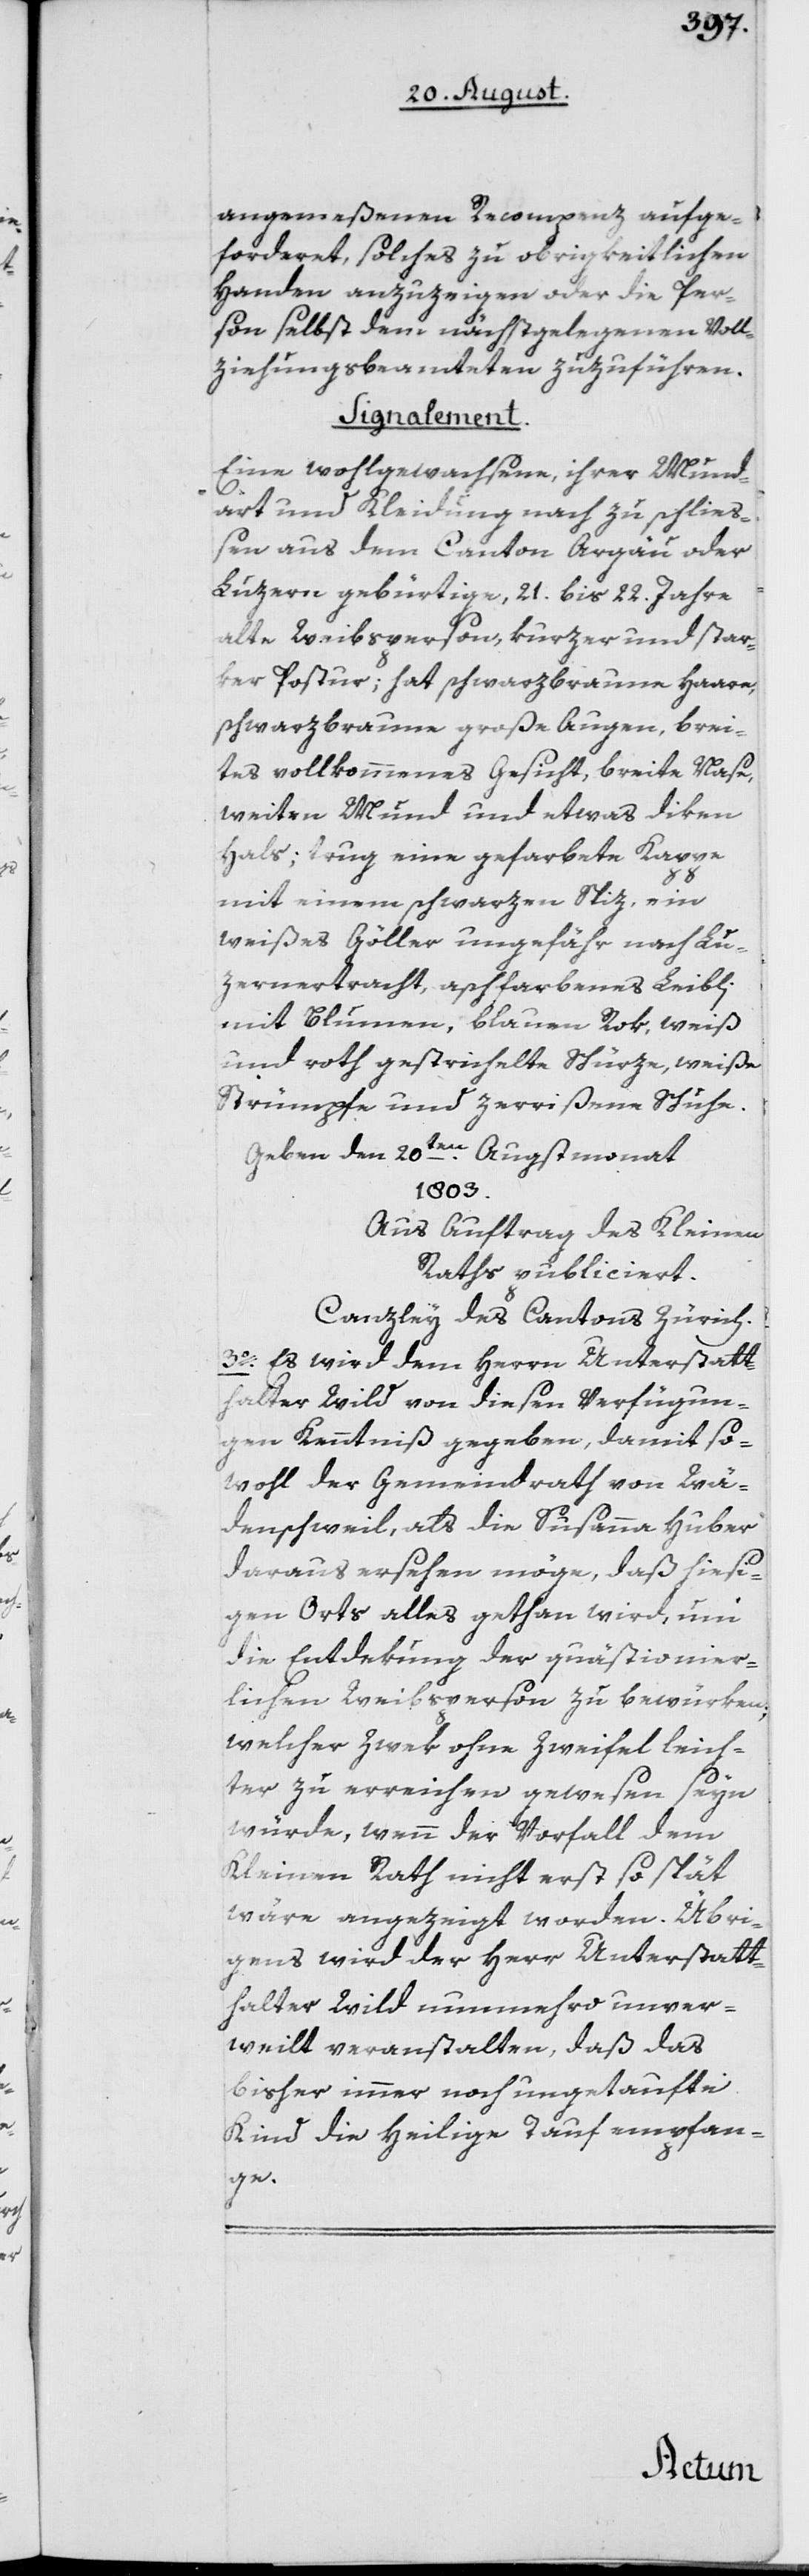
angemeßenen Recompenz aufge¬
forderet, solches zu obrigkeitlichen
Handen anzuzeigen oder die Per¬
son selbst dem nächstgelegenen Voll¬
ziehungsbeamteten zuzuführen.
Signalement.
Eine wohlgwachsene, ihrer Mund¬
art und Kleidung nach zu schließ¬
en aus dem Canton Argäu oder
Luzern gebürtige, 21. bis 22. Jahre
alte Weibsperson, kurzer und star¬
ker Postur; hat schwarzbraune Haare,
schwarzbraune große Augen, brei¬
tes vollkommenes Gesicht, breite Nase,
weiten Mund und etwas diken
Hals; trug eine gefarbete Kappe
mit einem schwarzen Spiz, ein
weißes Göller ungefähr nach Lu¬
zernertracht, aschfarbenes Leibli
mit Blumen, blauen Rok, weiß
und roth gestrichelte Schürze, weiße
Strümpfe und zerrißene Schuhe.
Geben den 20ten Augstmonat
1803.
Aus Auftrag des Kleinen
Raths publiciert.
Canzley des Cantons Zürich.
3o. Es wird dem Herrn Unterstatt¬
halter Wild von diesen Verfügun¬
gen Kenntniß gegeben, damit so¬
wohl der Gemeindrath von Wä¬
denschweil, als die Susanna Huber
daraus ersehen möge, daß hiesi¬
gen Orts alles gethan wird, um
die Entdekung der quästionier¬
lichen Weibsperson zu bewürken;
welcher Zwek ohne Zweifel leich¬
ter zu erreichen gewesen seyn
würde, wenn der Vorfall dem
Kleinen Rath nicht erst so spät
wäre angezeigt worden. Übri¬
gens wird der Herr Unterstatt¬
halter Wild nunmehro unver¬
weilt veranstalten, daß das
bisher immer noch ungetaufte
Kind die heilige Tauf empfan¬
ge.